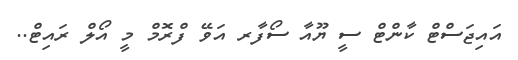
އައިޖަސްޓް ކާންޓް ސީ ޔޫއާ ސޯފާރ އަވޭ ފްރޮމް މީ އޯލް ރައިޓް..